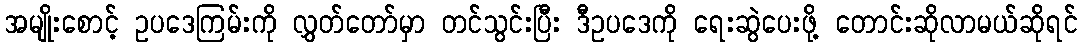
အမျိုးစောင့် ဥပဒေကြမ်းကို လွှတ်တော်မှာ တင်သွင်းပြီး ဒီဥပဒေကို ရေးဆွဲပေးဖို့ တောင်းဆိုလာမယ်ဆိုရင်